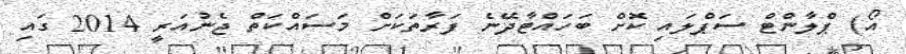
އޯ) ޕްލާންޓް ސަޕްލައި ކޮށް ބަހައްޓާދޭނެ ފަރާތަކަށް މަސައްކަތް ޖެނުއަރީ 2014 ގައި